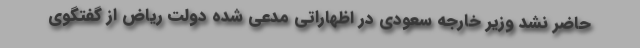
حاضر نشد وزیر خارجه سعودی در اظهاراتی مدعی شده دولت ریاض از گفتگوی